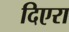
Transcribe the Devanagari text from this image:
दिएरा